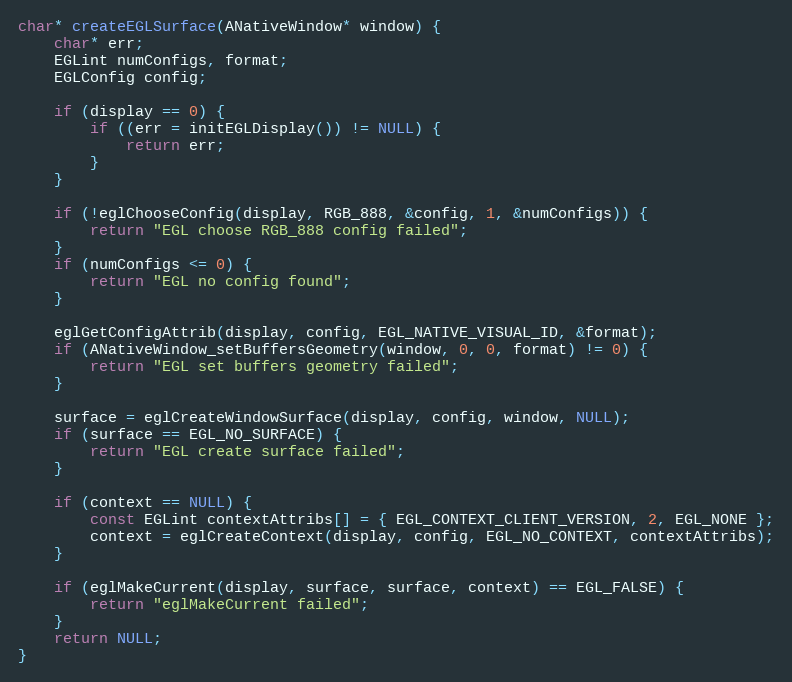
Language: C
char* createEGLSurface(ANativeWindow* window) {
	char* err;
	EGLint numConfigs, format;
	EGLConfig config;

	if (display == 0) {
		if ((err = initEGLDisplay()) != NULL) {
			return err;
		}
	}

	if (!eglChooseConfig(display, RGB_888, &config, 1, &numConfigs)) {
		return "EGL choose RGB_888 config failed";
	}
	if (numConfigs <= 0) {
		return "EGL no config found";
	}

	eglGetConfigAttrib(display, config, EGL_NATIVE_VISUAL_ID, &format);
	if (ANativeWindow_setBuffersGeometry(window, 0, 0, format) != 0) {
		return "EGL set buffers geometry failed";
	}

	surface = eglCreateWindowSurface(display, config, window, NULL);
	if (surface == EGL_NO_SURFACE) {
		return "EGL create surface failed";
	}

    if (context == NULL) {
        const EGLint contextAttribs[] = { EGL_CONTEXT_CLIENT_VERSION, 2, EGL_NONE };
        context = eglCreateContext(display, config, EGL_NO_CONTEXT, contextAttribs);
    }

	if (eglMakeCurrent(display, surface, surface, context) == EGL_FALSE) {
		return "eglMakeCurrent failed";
	}
	return NULL;
}